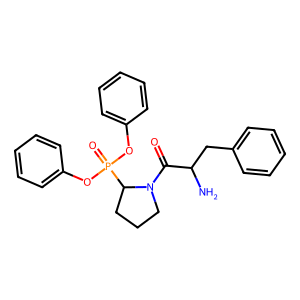
SMILES: NC(Cc1ccccc1)C(=O)N1CCCC1P(=O)(Oc1ccccc1)Oc1ccccc1
Inhibits HIV replication: No